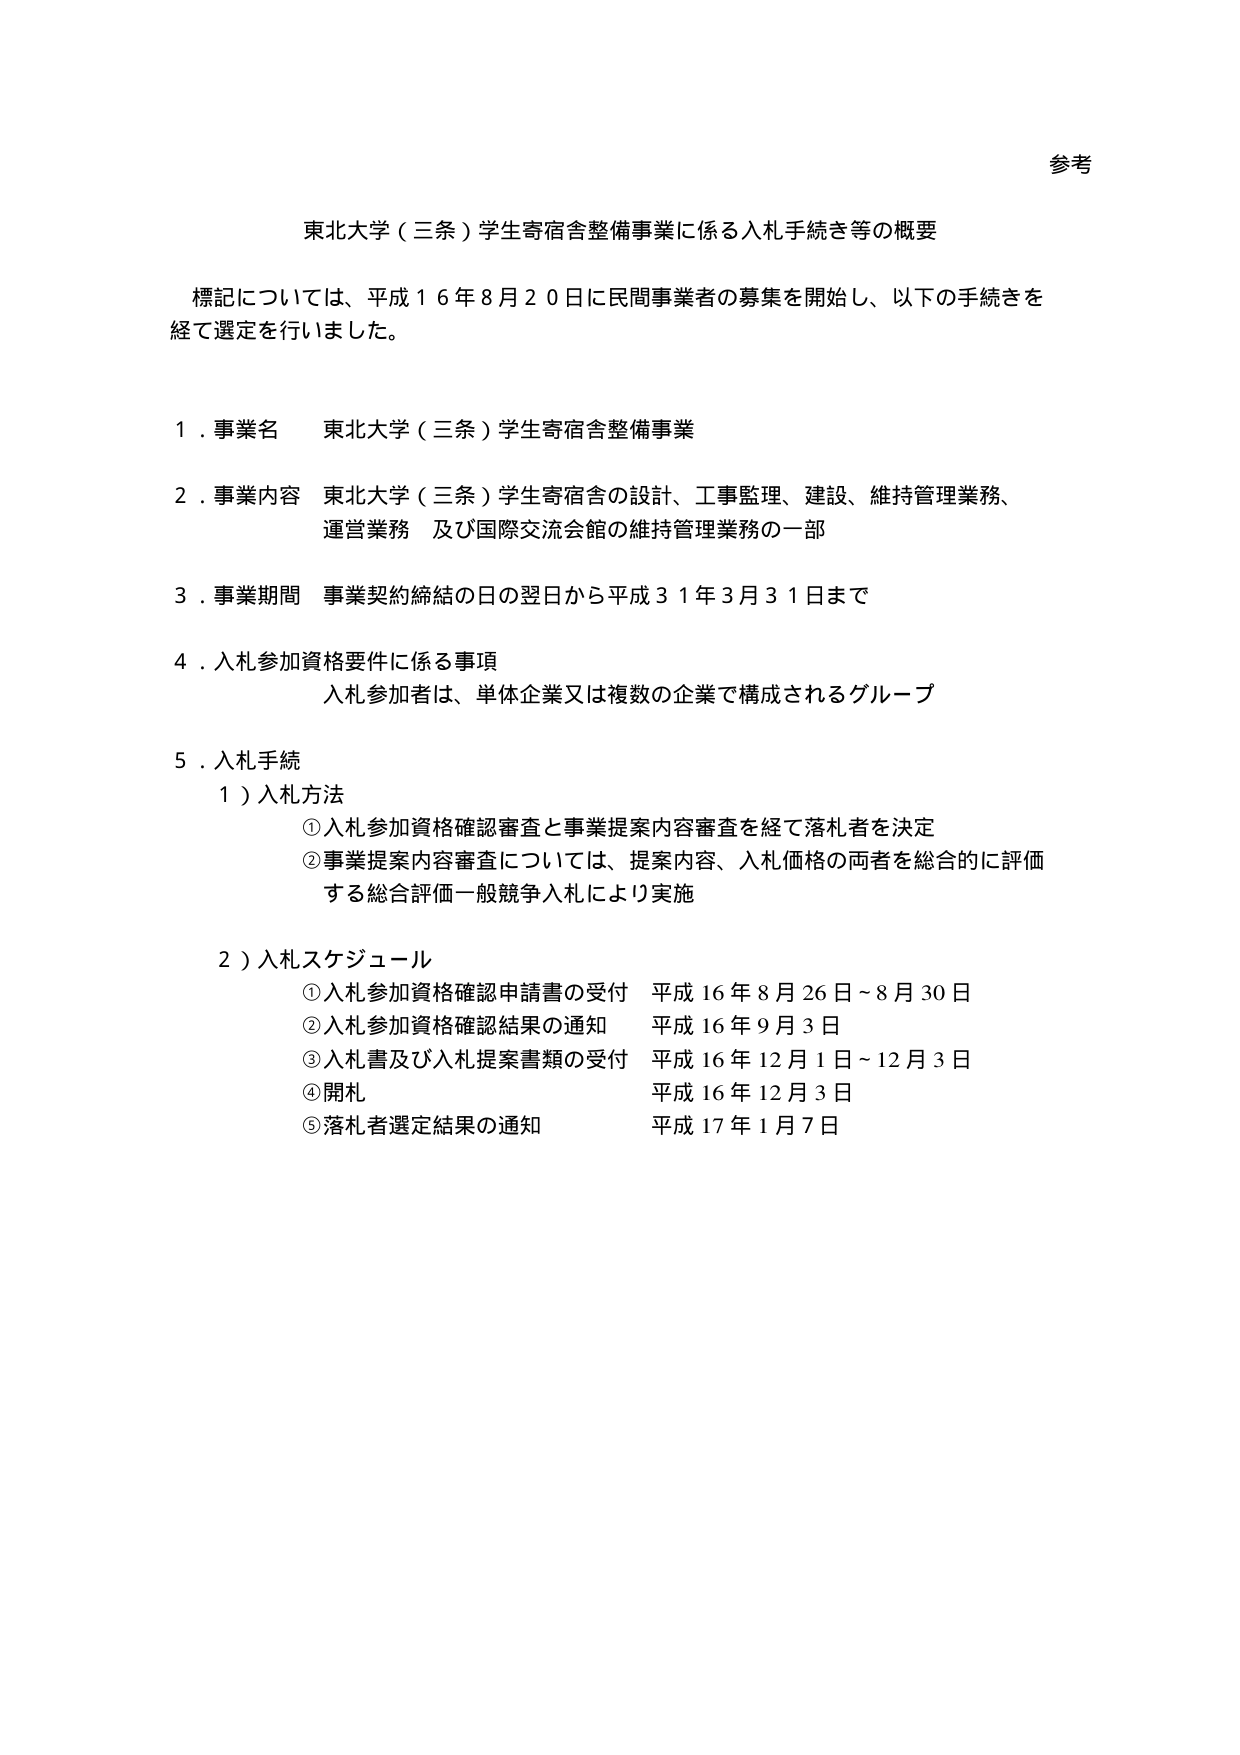
参考

東北大学（三条）学生寄宿舎整備事業に係る入札手続き等の概要

標記については、平成１６年８月２０日に民間事業者の募集を開始し、以下の手続きを
経て選定を行いました。

１．事業名　東北大学（三条）学生寄宿舎整備事業

２．事業内容　東北大学（三条）学生寄宿舎の設計、工事監理、建設、維持管理業務、
　　　　　　　運営業務　及び国際交流会館の維持管理業務の一部

３．事業期間　事業契約締結の日の翌日から平成３１年３月３１日まで

４．入札参加資格要件に係る事項
　　　入札参加者は、単体企業又は複数の企業で構成されるグループ

５．入札手続
　　１）入札方法
　　　①入札参加資格確認審査と事業提案内容審査を経て落札者を決定
　　　②事業提案内容審査については、提案内容、入札価格の両者を総合的に評価
　　　　する総合評価一般競争入札により実施

　　２）入札スケジュール
　　　①入札参加資格確認申請書の受付　平成１６年８月２６日～８月３０日
　　　②入札参加資格確認結果の通知　　平成１６年９月３日
　　　③入札書及び入札提案書類の受付　平成１６年１２月１日～１２月３日
　　　④開札　　　　　　　　　　　　平成１６年１２月３日
　　　⑤落札者選定結果の通知　　　　平成１７年１月７日